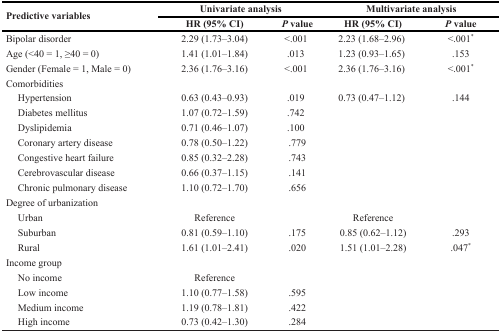
<table><thead><tr><td rowspan="2"><b>Predictive variables</b></td><td colspan="2"><b>Univariate analysis</b></td><td colspan="3"><b>Multivariate analysis</b></td></tr><tr><td><b>HR (95% CI)</b></td><td><b><i>P</i> value</b></td><td colspan="2"><b>HR (95% CI)</b></td><td><b><i>P</i> value</b></td></tr></thead><tbody><tr><td>Bipolar disorder</td><td>2.29 (1.73–3.04)</td><td colspan="2">&lt;.001</td><td>2.23 (1.68–2.96)</td><td>&lt;.001<sup>*</sup></td></tr><tr><td>Age (&lt;40 = 1, ≥40 = 0)</td><td>1.41 (1.01–1.84)</td><td colspan="2">.013</td><td>1.23 (0.93–1.65)</td><td>.153</td></tr><tr><td>Gender (Female = 1, Male = 0)</td><td>2.36 (1.76–3.16)</td><td colspan="2">&lt;.001</td><td>2.36 (1.76–3.16)</td><td>&lt;.001<sup>*</sup></td></tr><tr><td>Comorbidities</td><td></td><td colspan="2"></td><td></td><td></td></tr><tr><td> Hypertension</td><td>0.63 (0.43–0.93)</td><td colspan="2">.019</td><td>0.73 (0.47–1.12)</td><td>.144</td></tr><tr><td> Diabetes mellitus</td><td>1.07 (0.72–1.59)</td><td colspan="2">.742</td><td></td><td></td></tr><tr><td> Dyslipidemia</td><td>0.71 (0.46–1.07)</td><td colspan="2">.100</td><td></td><td></td></tr><tr><td> Coronary artery disease</td><td>0.78 (0.50–1.22)</td><td colspan="2">.779</td><td></td><td></td></tr><tr><td> Congestive heart failure</td><td>0.85 (0.32–2.28)</td><td colspan="2">.743</td><td></td><td></td></tr><tr><td> Cerebrovascular disease</td><td>0.66 (0.37–1.15)</td><td colspan="2">.141</td><td></td><td></td></tr><tr><td> Chronic pulmonary disease</td><td>1.10 (0.72–1.70)</td><td colspan="2">.656</td><td></td><td></td></tr><tr><td>Degree of urbanization</td><td></td><td colspan="2"></td><td></td><td></td></tr><tr><td> Urban</td><td>Reference</td><td colspan="2"></td><td>Reference</td><td></td></tr><tr><td> Suburban</td><td>0.81 (0.59–1.10)</td><td colspan="2">.175</td><td>0.85 (0.62–1.12)</td><td>.293</td></tr><tr><td> Rural</td><td>1.61 (1.01–2.41)</td><td colspan="2">.020</td><td>1.51 (1.01–2.28)</td><td>.047<sup>*</sup></td></tr><tr><td>Income group</td><td></td><td colspan="2"></td><td></td><td></td></tr><tr><td> No income</td><td>Reference</td><td colspan="2"></td><td></td><td></td></tr><tr><td> Low income</td><td>1.10 (0.77–1.58)</td><td colspan="2">.595</td><td></td><td></td></tr><tr><td> Medium income</td><td>1.19 (0.78–1.81)</td><td colspan="2">.422</td><td></td><td></td></tr><tr><td> High income</td><td>0.73 (0.42–1.30)</td><td colspan="2">.284</td><td></td><td></td></tr></tbody></table>